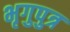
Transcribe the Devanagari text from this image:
भृगुपुत्र